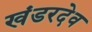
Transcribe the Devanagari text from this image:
खंडरदेव